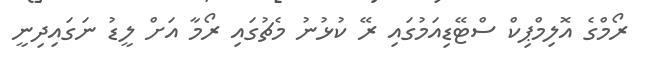
ރޯމްގެ އޮލިމްޕިކް ސްޓޭޑިއަމުގައި ރޭ ކުޅުނު މެޗުގައި ރޯމާ އަށް ލީޑު ނަގައިދިނީ